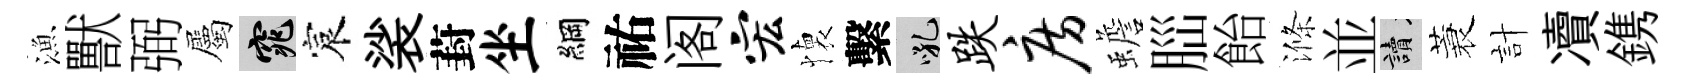
漁獸弼屬窕宸裟葑坐綱祐阁宏懐繫吼跌房蟾𦛁飴滌並讀蓑計凟鎸